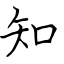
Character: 知